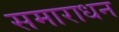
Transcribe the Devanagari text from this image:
समाराधन